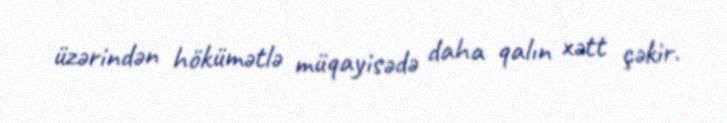
üzərindən hökümətlə müqayisədə daha qalın xətt çəkir.